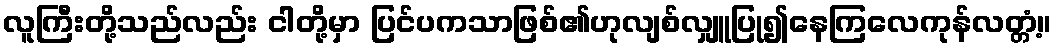
လူကြီးတို့သည်လည်း ငါတို့မှာ ပြင်ပကသာဖြစ်၏ဟုလျစ်လျှူပြု၍နေကြလေကုန်လတ္တံ့။